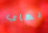
بهاي